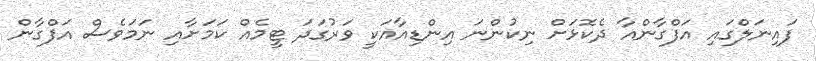
ފައިނަލްގައި އަފްގާންއާ ދެކޮޅަށް ނިކުންނަ އިންޑިއާއަކީ ވަރުގަދަ ޓީމެއް ކަމަށާއި ނަމަވެސް އަފްގާން